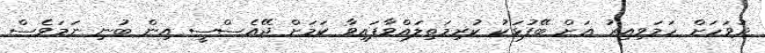
ދުވަހަށް ހަމަވިއިރު އަށް ބޭފުޅަކު ކުރިމަތިލައްވާފައިވާ ކަމަށް ޖޭއެސްސީ އިން ބުނި ނަމަވެސް